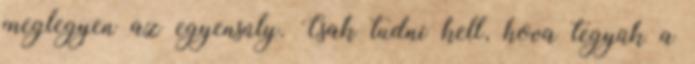
meglegyen az egyensúly. Csak tudni kell, hova tegyük a